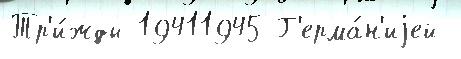
Тр'и́жды 19411945 Г'ерма́н'иjей